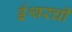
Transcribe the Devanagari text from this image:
ईश्वरची